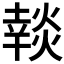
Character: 𰟚